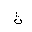
Letter: _tha